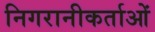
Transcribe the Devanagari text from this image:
निगरानीकर्ताओं